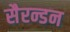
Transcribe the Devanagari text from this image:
सैरन्डन